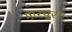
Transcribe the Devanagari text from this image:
मारचुरी